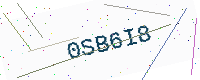
Text: 0SB6I8